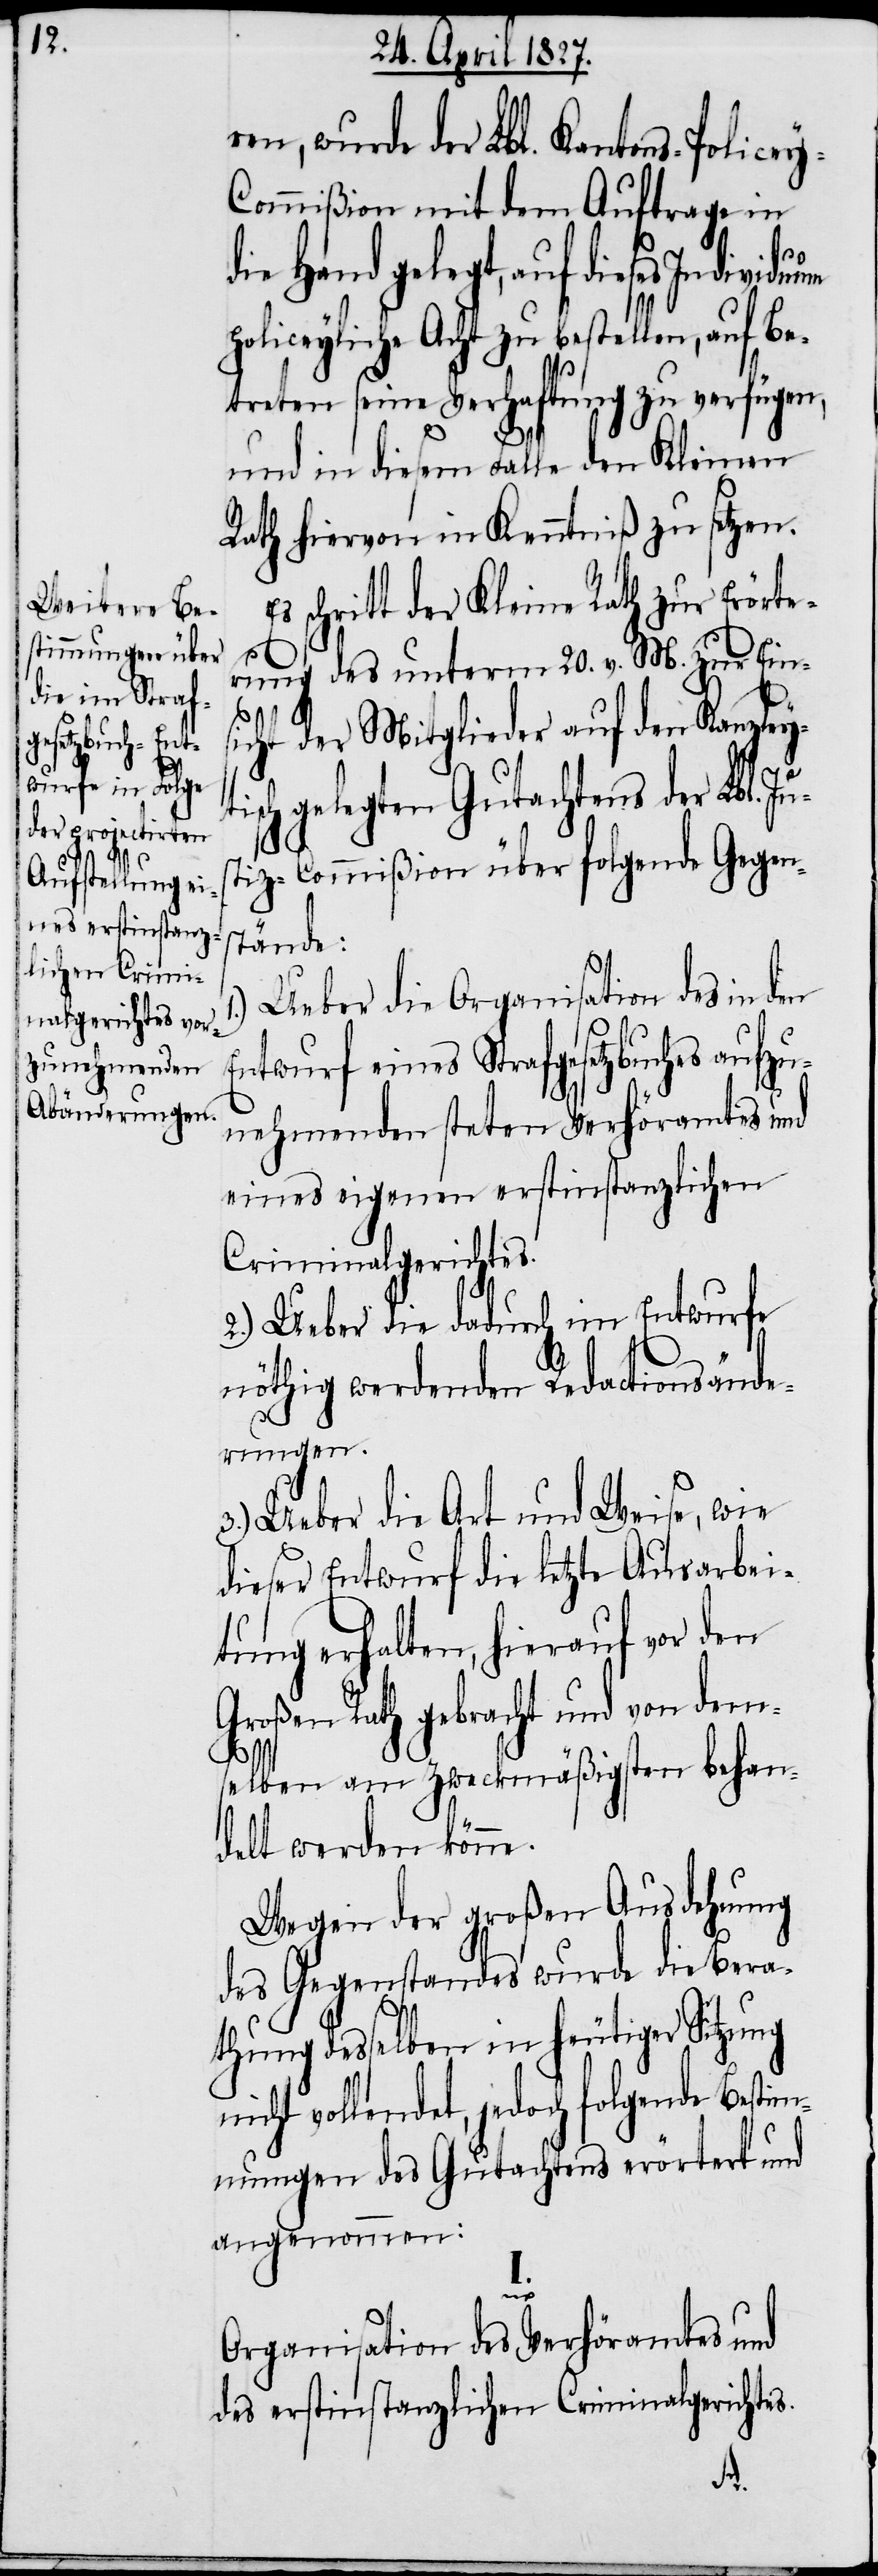
ren, wurde der Lbl. Kantons-Police¬
ommißion mit dem Auftrage in
die Hand gelegt, auf dieses
policeyliche Acht zu bestellen, auf Be¬
treten seine Verhaftung zu verfügen,
und in diesem Falle den Kleinen
Rath hiervon in Kenntniß zu setzen.
schritt der Kleine Rath zur Erörte¬
rung des unterm 20. v. M. zur Ein¬
sicht der Mitglieder auf den Kanzley¬
sch gelegten Gutachtens der Lbl.
tiz-Commißion über folgende Gegen¬
stände:
Ueber die Organisation des in den
Entwurf eines Strafgesetzbuches aufzu¬
nehmenden steten Verhöramtes und
eines eigenen erstinstanzlichen
Criminalgerichtes.
2.) Ueber die dadurch im Entwurfe
nöthig werdenden Redactionsände¬
rungen.
3.) Ueber die Art und Weise, wie
dieser Entwurf die letzte Ausarbei¬
tung erhalten, hierauf vor den
Rath gebracht und von dem¬
selben am zweckmäßigsten behan¬
delt werden könne.
Wegen der großen Ausdehnung
des Gegenstandes wurde die Bera¬
thung desselben in heutiger Sitzung
nicht vollendet, jedoch folgende Bestim¬
mungen des Gutachtens erörtert und
angenommen:
I.
Organisation des Verhöramtes und
des erstinstanzlichen Criminalgerichtes.
Jus¬